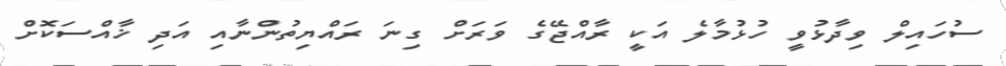
ސުހައިލް ވިދާޅުވީ ހުޅުމާލެ އަކީ ރާއްޖޭގެ ވަަރަށް ގިނަ ރައްޔިތުންނާއި އަދި ޚާއްސަކޮށް